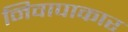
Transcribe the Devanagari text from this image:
निवापाकार